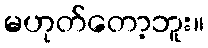
မဟုတ်တော့ဘူး။